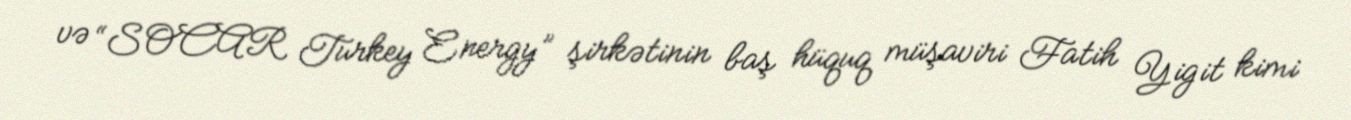
və “SOCAR Turkey Energy” şirkətinin baş hüquq müşaviri Fatih Yigit kimi